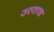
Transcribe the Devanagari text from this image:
उस्ताध